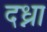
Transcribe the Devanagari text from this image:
दध्ना